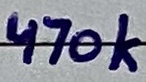
Text: 470k